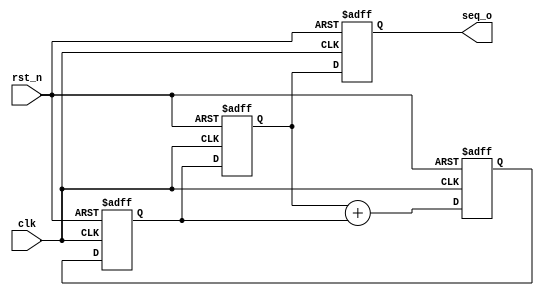
`timescale 1ns / 1ps
//////////////////////////////////////////////////////////////////////////////////
// Company: COLLEGE OF VLSI
// 
// Design Name: 
// Module Name: sequence_generator
// Project Name: 
// Target Devices: 
// Tool Versions: 
// Description: 
// 
// Dependencies: 
// 
// Revision:
// Revision 0.01 - File Created
// Additional Comments:
// 
//////////////////////////////////////////////////////////////////////////////////


module sequence_generator(
    input clk,
    input rst_n,
    output reg [31:0] seq_o
    );
    
  reg [31:0] seq_t1;   
  reg [31:0] seq_t2;   
  reg [31:0] seq_t3;  
  
  wire [31:0] seq_nxt;
  
  
  always@(posedge clk or negedge rst_n) begin
  
    if (!rst_n) begin
      seq_t1 <= 32'h0001;
      seq_t2 <= 32'h0001;
      seq_t3 <= 32'h0000;
      seq_o  <= 32'h0000;
    end
    
    else begin
      seq_t1 <= seq_nxt;
      seq_t2 <= seq_t1;
      seq_t3 <= seq_t2;
      seq_o <= seq_t3;
    end
  end
  
   assign seq_nxt = seq_t3 + seq_t2;

endmodule